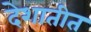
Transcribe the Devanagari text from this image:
देशातीत